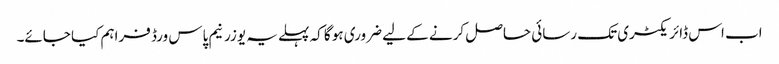
اب اس ڈائریکٹری تک رسائی حاصل کرنے کے لیے ضروری ہو گا کہ پہلے یہ یوزرنیم پاس ورڈ فراہم کیا جائے۔